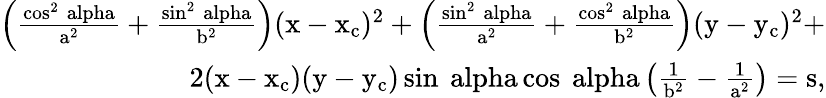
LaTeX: \begin{array}{r}{\mathrm{\left(\frac{\cos^{2}{\ alpha}}{a^{2}}+\frac{\sin^{2}{\ alpha}}{b^{2}}\right)(x-x_{c})^{2}+\left(\frac{\sin^{2}{\ alpha}}{a^{2}}+\frac{\cos^{2}{\ alpha}}{b^{2}}\right)(y-y_{c})^{2}+}}\\ {\mathrm{2(x-x_{c})(y-y_{c})\sin{\ alpha}\cos{\ alpha}\left(\frac{1}{b^{2}}-\frac{1}{a^{2}}\right)=\mathrm{s}},}\end{array}